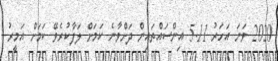
2020 ވަނަ އަހަރު 5.11 އިންސައްތައިން ދަށްވާނެ ކަމަށް ލަފާކުރެވޭ ކަމަށް އަމީރު